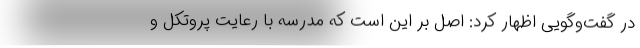
در گفت‌وگویی اظهار کرد: اصل بر این است که مدرسه با رعایت پروتکل و